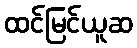
ထင်မြင်ယူဆ